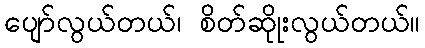
ပျော်လွယ်တယ်၊ စိတ်ဆိုုးလွယ်တယ်။